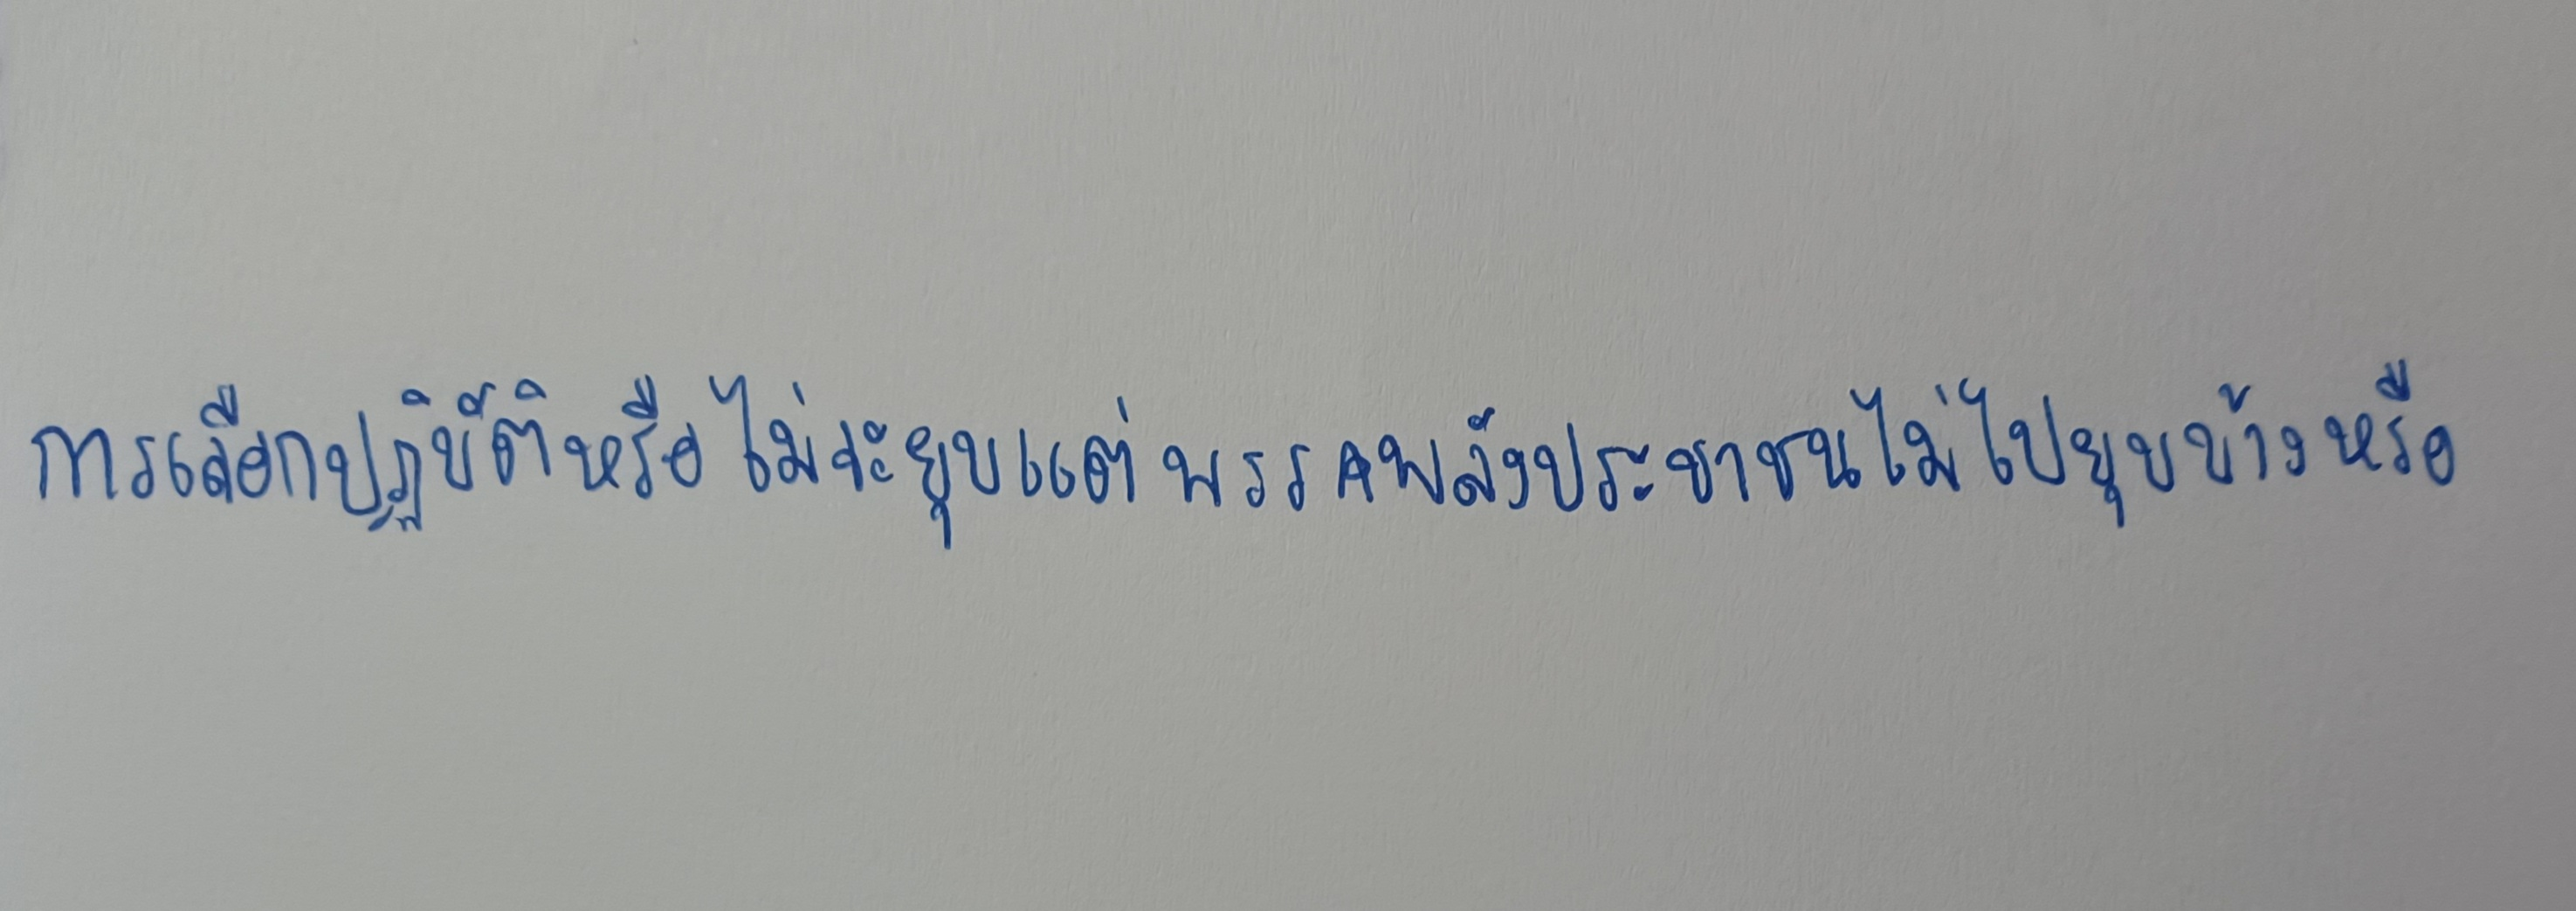
การเลือกปฏิบัติหรือไม่จะยุบแต่พรรคพลังประชาชนไม่ไปยุบบ้างหรือ